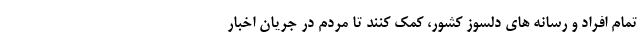
تمام افراد و رسانه های دلسوز کشور، کمک کنند تا مردم در جریان اخبار